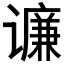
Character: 𲂕